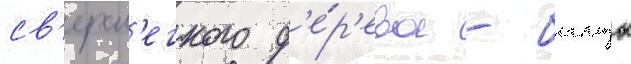
св'ерхл'егкого д'е́р'ева - бальзы